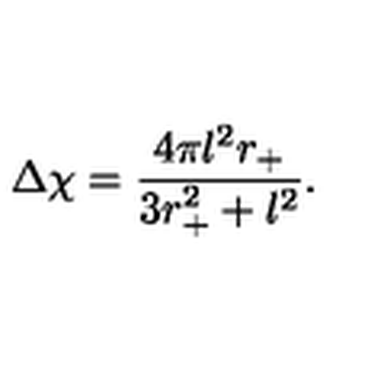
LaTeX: \Delta \chi = \frac { 4 \pi l ^ { 2 } r _ { + } } { 3 r _ { + } ^ { 2 } + l ^ { 2 } } .